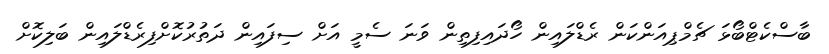
ބާސްކެޓްބޯޅަ ޗެމްޕިއަންކަން ރެޑްލައިން ހޯދައިފިތިން ވަނަ ސެމީ އަށް ސިފައިން ދަތުރުކޮށްފިރެޑްލައިން ބަލިކޮށް